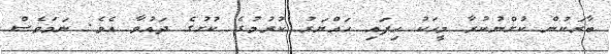
ބާރަކުން ކުށްނުކުރާ މީހަކު ހިފައި ހައްޔަރު ކުރުމުގެ ކުށުގެ ދައުވާ އެވެ. ނަމަވެސް